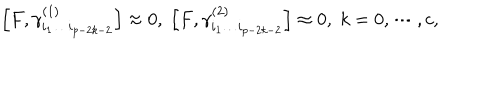
LaTeX: \left[ F , \gamma _ { i _ { 1 } \ldots i _ { p - 2 k - 2 } } ^ { ( 1 ) } \right] \approx 0 , \; \left[ F , \gamma _ { i _ { 1 } \ldots i _ { p - 2 k - 2 } } ^ { ( 2 ) } \right] \approx 0 , \; k = 0 , \cdots , c ,